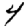
Digit: 4